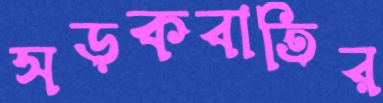
সড়কবাতির